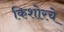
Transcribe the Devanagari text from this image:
किशोरचे